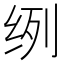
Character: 𮉥